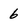
Character: 6